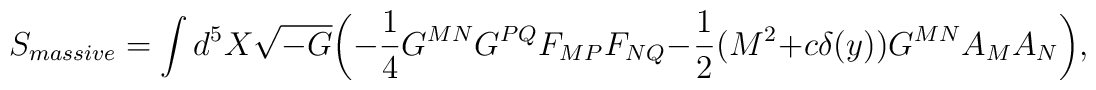
S_{massive} = \int d^5 X\sqrt{-G}\biggl(-\frac{1}{4}G^{MN}G^{PQ}F_{MP}F_{NQ}-\frac{1}{2}(M^2+c\delta(y))G^{MN}A_M A_N\biggr),